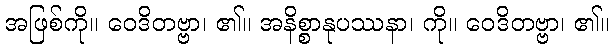
အဖြစ်ကို။ ဝေဒိတဗ္ဗာ၊ ၏။ အနိစ္စာနုပဿနာ၊ ကို။ ဝေဒိတဗ္ဗာ၊ ၏။